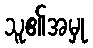
သူ၏အမှု